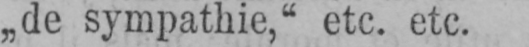
„de sympathie,“ etc. etc.